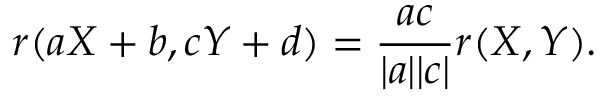
r ( a X + b , c Y + d ) = \frac { a c } { | a | | c | } r ( X , Y ) .